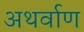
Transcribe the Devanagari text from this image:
अथर्वाण